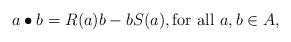
\begin{align*}a\bullet b = R(a)b-bS(a), \mbox{for all $a,b\in A$,}\end{align*}